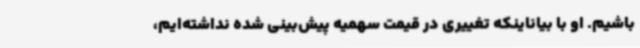
باشیم. او با بیاناینکه تغییری در قیمت سهمیه پیش‌بینی شده نداشته‌ایم،